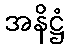
အနိဋ္ဌံ